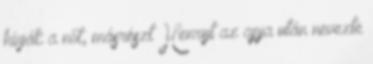
hívják a nőt, másrészt Henryt az apja után nevezte